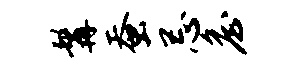
髯蚕忌詹